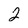
Character: 2